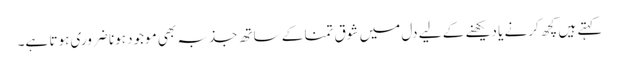
کہتے ہیں کچھ کرنے یا دیکھنے کے لیے دل میں شوق تمنا کے ساتھ جذبہ بھی موجود ہونا ضروری ہوتا ہے۔